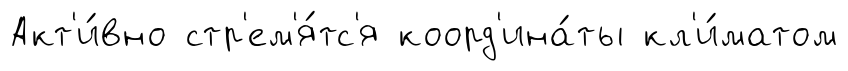
Акт'и́вно стр'ем'я́тс'я коорд'ина́ты кл'и́матом